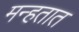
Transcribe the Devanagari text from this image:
मन्हतात